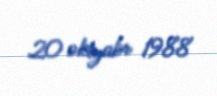
20 oktyabr 1988